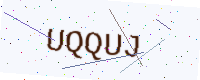
Text: UQQUJ